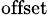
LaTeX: _{\textrm{offset}}